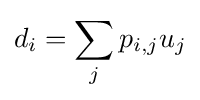
d_{i}=\sum _{j}p_{i,j}u_{j}